Indian journal of veterinary science and animal husbandry - Volume 8,
Year: 1938
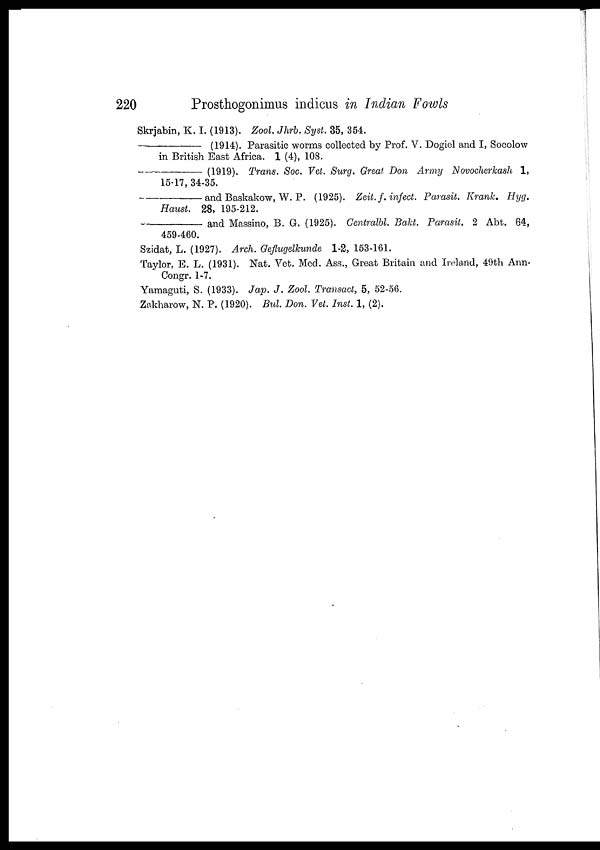
220
Prosthogonimus indicus in Indian Fowls
Skrjabin, K. I. (1913). Zool Jhrb. Syst. 35, 354.
—————————(1914). Parasitic worms collected by Prof. V. Dogiel and I, Socolow
in British East Africa. 1 (4), 108.
————————(1919). Trans. Soc. Vet. Surg. Great Don Army Novocherkash 1,
15-17, 34-35.
————————and
Baskakow, W. P. (1925). Zeit. f. infect. Parasit. Krank.
Hyg.
Haust 28, 195-212.
———————— and Massino, B. G. (1925). Centralbl. Bakt. Parasit. 2 Abt. 64,
459-460.
Szidat, L. (1927). Arch. Geflugelkunde 1-2, 153-161.
Taylor, E. L. (1931). Nat. Vet. Med. Ass., Great Britain and Ireland, 49th Ann.
Congr. 1-7.
Yamaguti, S. (1933). Jap. J. Zool. Transact, 5, 52-56.
Zakharow, N. P. (1920). Bul. Don. Vet. Inst. 1, (2).